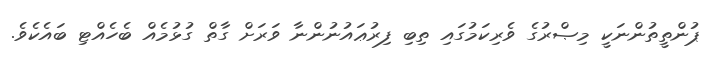
ޕުންތީތުންނަކީ މިޞްރުގެ ވެރިކަމުގައި ތިބި ފިރުޢައުނުންނާ ވަރަށް ގާތް ގުޅުމެއް ބެހެއްޓި ބައެކެވެ.